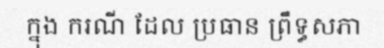
ក្នុង ករណី ដែល ប្រធាន ព្រឹទ្ធសភា